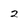
Character: 2